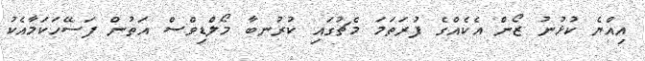
އިއްޔެ ކުޅުނު ޒޯން އެކެއްގެ ފުރަތަމަ މެޗުގައި ކުރުނބާ މޯލްޑިވްސް އަތުން ފަސޭހަކަމާއެކު